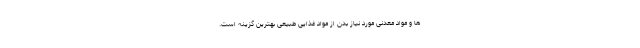
ها و مواد معدنی مورد نیاز بدن از مواد غذایی طبیعی بهترین گزینه است.